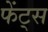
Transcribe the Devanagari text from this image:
फेंट्स